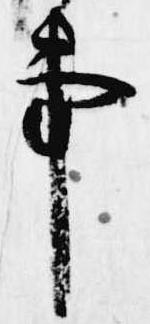
事